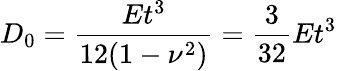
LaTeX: D_{0}=\frac{Et^{3}}{12(1-\nu^{2})}=\frac{3}{32}Et^{3}